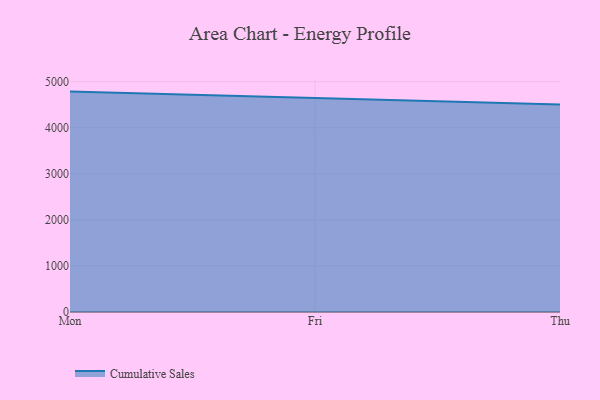
{"axis": {"x": "Day", "y": "Demand Index"}, "legend": ["Cumulative Sales"], "data": [{"x": "Mon", "y": 4784.4, "type": "Cumulative Sales"}, {"x": "Fri", "y": 4649.9, "type": "Cumulative Sales"}, {"x": "Thu", "y": 4502.7, "type": "Cumulative Sales"}]}